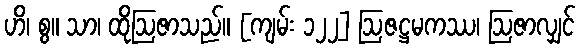
ဟိ၊ စွ။ သာ၊ ထိုဩဇာသည်။ [ကျမ်း ၁၂၂] ဩဇဋ္ဌမကဿ၊ ဩဇာလျှင်